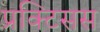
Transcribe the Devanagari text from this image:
प्रक्टिसस